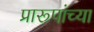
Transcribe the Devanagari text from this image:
प्रारूपांच्या